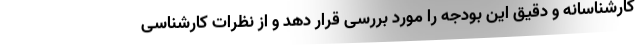
کارشناسانه و دقیق این بودجه را مورد بررسی قرار دهد و از نظرات کارشناسی